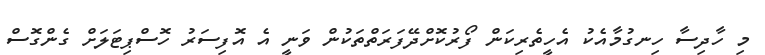
މި ހާދިސާ ހިނގުމާއެކު އެހީތެރިކަން ފޯރުކޮށްދޭފަރަތްތަކުން ވަނީ އެ އޮފިސަރު ހޮސްޕިޓަލަށް ގެންގޮސް